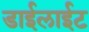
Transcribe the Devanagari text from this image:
डाईलाईट